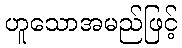
ဟူသောအမည်ဖြင့်